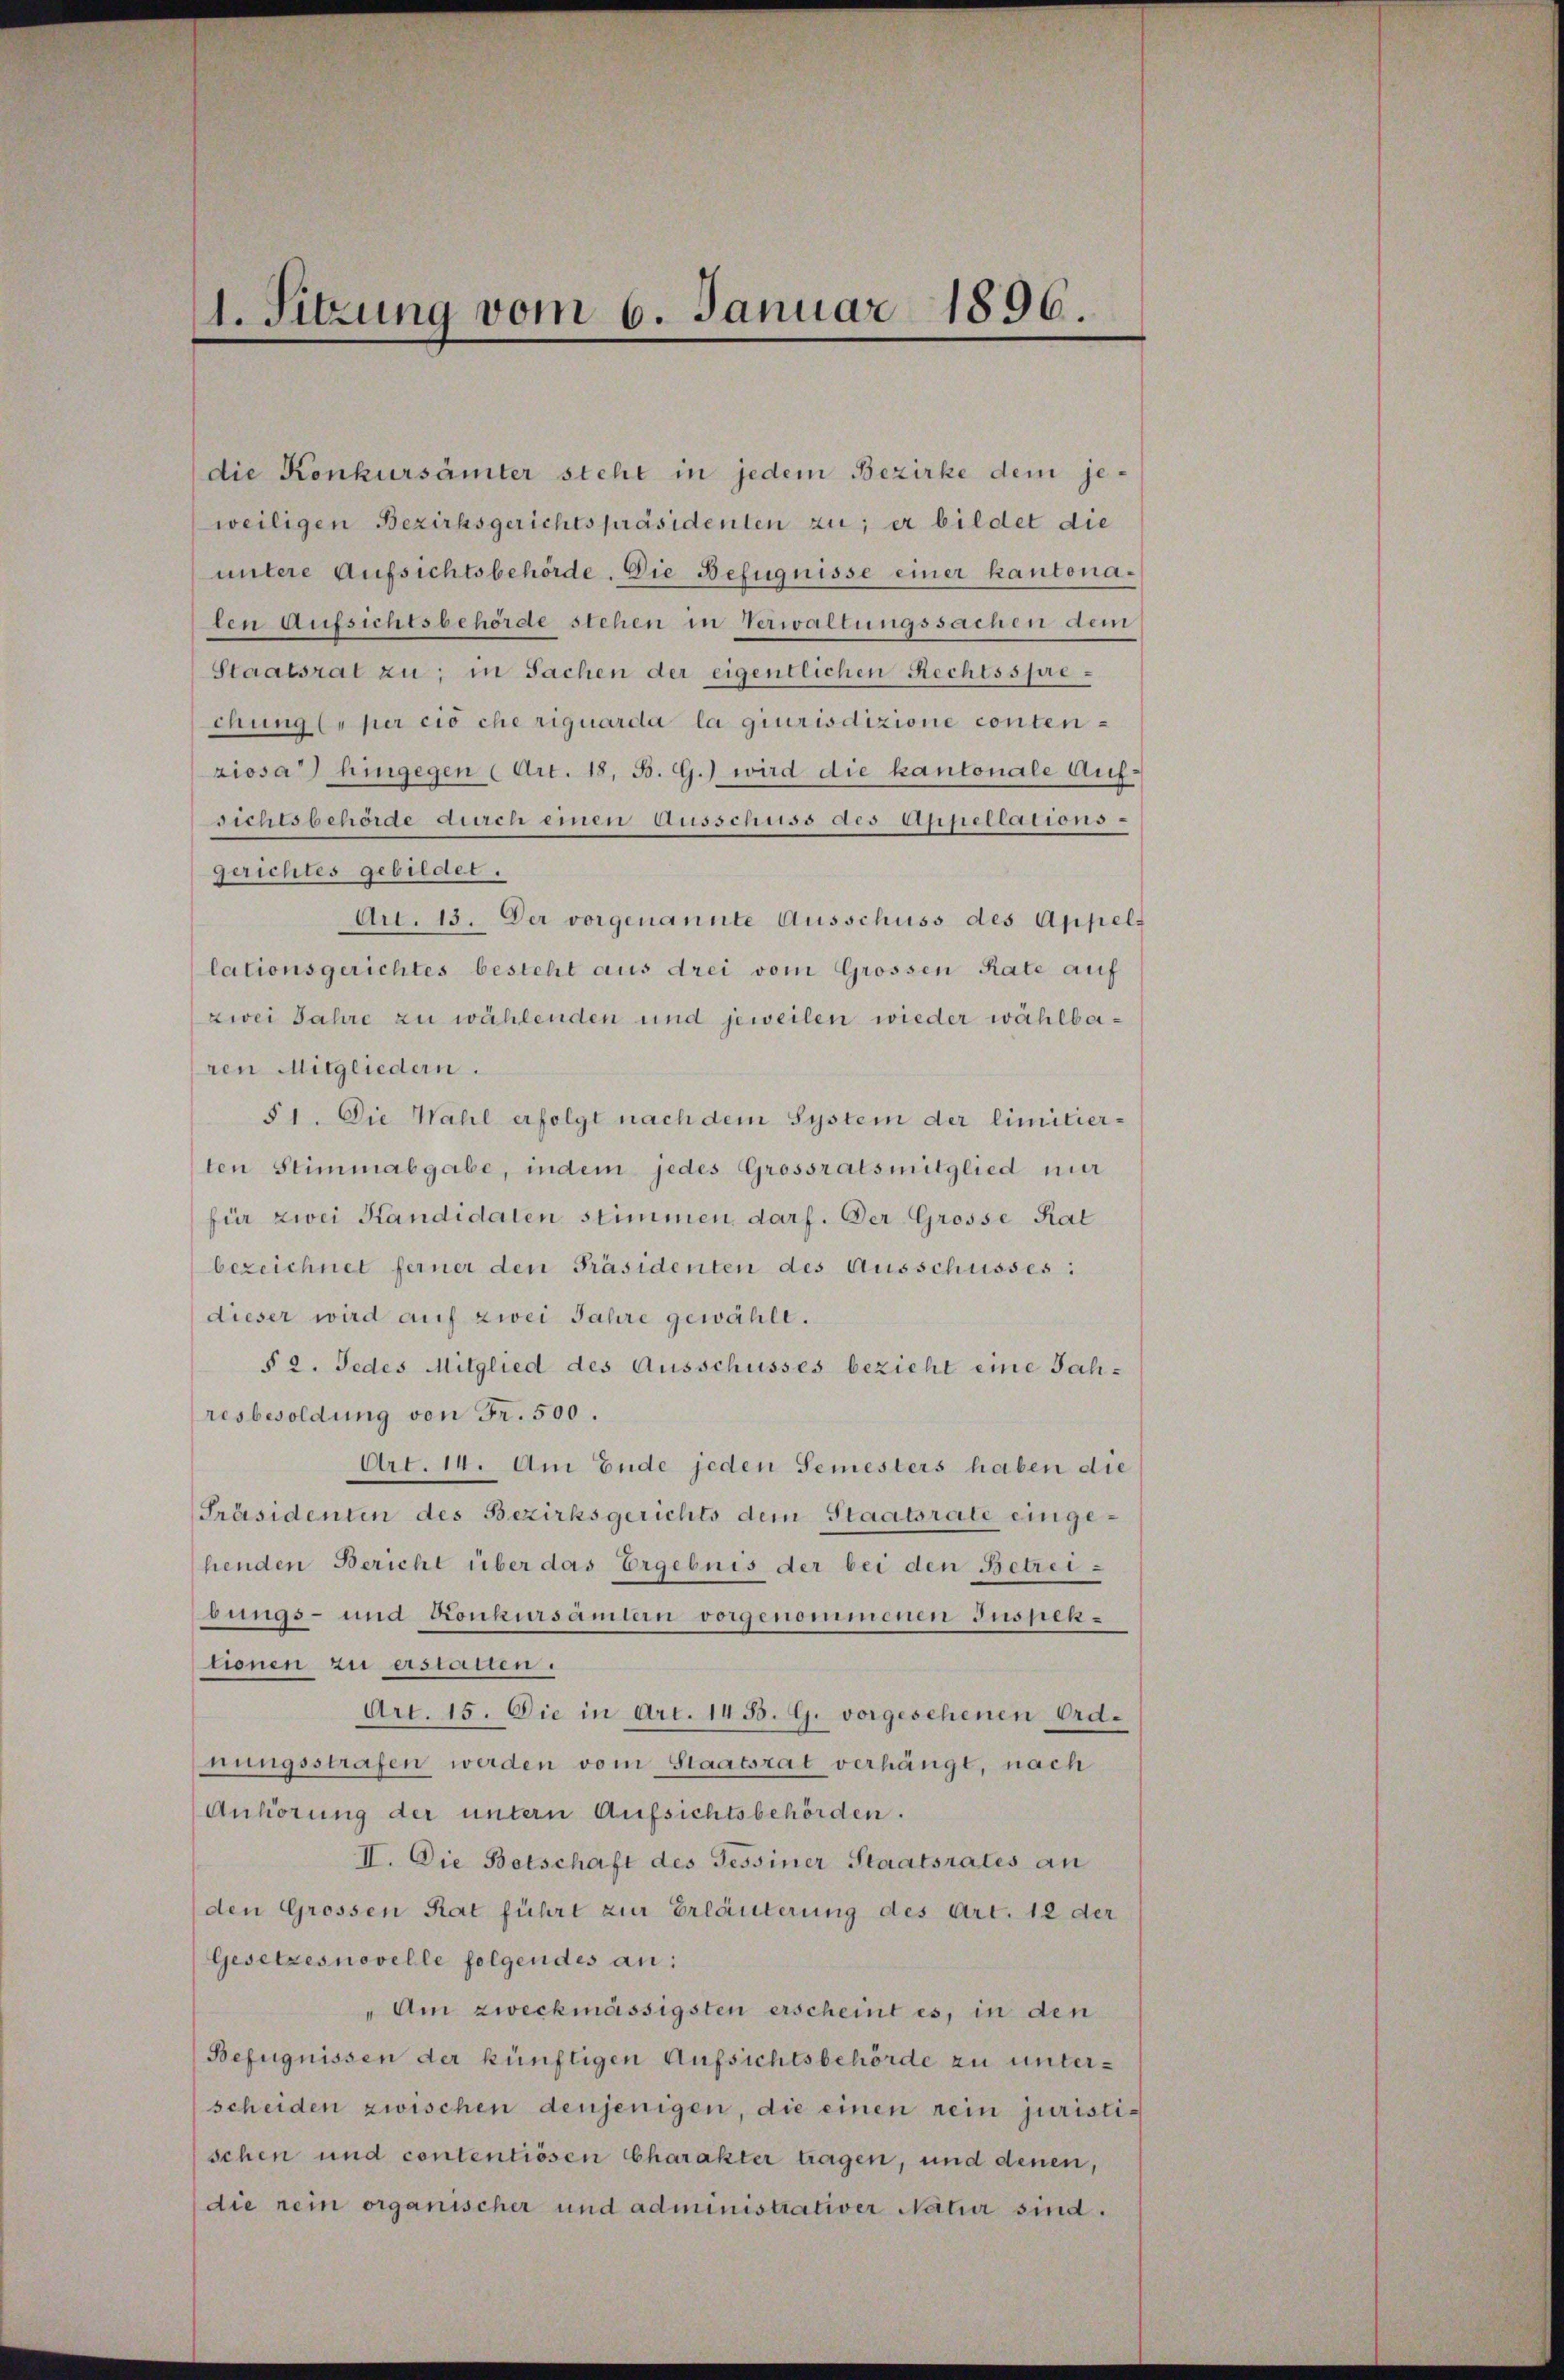
1. Sitzung vom 6. Januar 1896.

die Konkursämter steht in jedem Bezirke dem jeweiligen Bezirksgerichtspräsidenten zu; er bildet die
untere Aufsichtsbehörde. Die Befugnisse einer kantonalen Aufsichtsbehörde stehen in Verwaltungssachen dem
Staatsrat zu; in Sachen der eigentlichen Rechtssprechung l. per cio che riguarda la giurisdizione conten-
ziosa) hingegen (Art. 18, B. G.) wird die kantonale Aufsichtsbehörde durch einen Ausschuss des Appellations-
gerichtes gebildet.
Art. 13. Der vorgenannte Ausschuss des Appellationsgerichtes besteht aus drei vom Grossen Rate auf
zwei Jahre zu wählenden und jeweilen wieder wählbaren Mitgliedern.
51. Die Wahl erfolgt nach dem System der limitierten Stimmabgabe, indem jedes Grossratsmitglied mir
für zwei Kandidaten stimmen darf. Der Grosse Rat
bezeichnet ferner den Präsidenten des Ausschusses:
dieser wird auf zwei Jahre gewählt.
§ 2. Jedes Mitglied des Ausschusses bezieht eine Jahresbesoldung von Fr. 500.
Art. 14. Am Ende jeden Semesters haben die
Präsidenten des Bezirksgerichts dem Staatsrate eingehenden Bericht über das Ergebnis der bei den Betreibungs- und Konkursamtern vorgenommenen Inspektionen zu erstatten.
Art. 15. Die in Art. 1453. G. vorgesehenen Ord-
nungsstrafen werden vom Staatsrat verhängt, nach
Anhörung der untern Aufsichtsbehörden.
II. Die Betschaft des Tessiner Staatsrates an
den Grossen Rat führt zur Erläuterung des Art. 12 der
Gesetzesnovelle folgendes an:
"Am zweckmässigsten erscheint es, in den
Befugnissen der künftigen Aufsichtsbehörde zu unterscheiden zwischen denjenigen, die einen rein juristischen und contentiösen Charakter tragen, und denen,
die nein organischer und administrativer Natur sind.